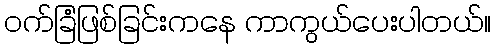
ဝက်ခြံဖြစ်ခြင်းကနေ ကာကွယ်ပေးပါတယ်။